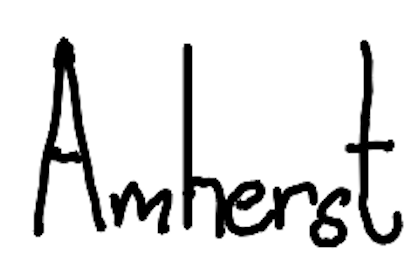
Text: Amherst
Cross-out: clean
Writing tool: digital_black